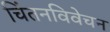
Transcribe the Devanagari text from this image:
चिंतनविवेचन